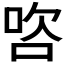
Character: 𭇺